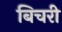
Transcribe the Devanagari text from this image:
बिचरी